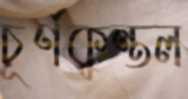
চূর্ণকুন্তল